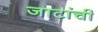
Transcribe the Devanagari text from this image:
जाटांची